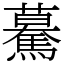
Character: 驀